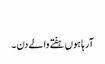
​
آرہا ہوں ہفتے والے دن۔